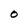
Character: 0